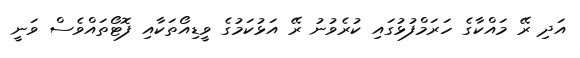
އަދި ރޭ މައްކާގެ ހަރަމްފުޅުގައި ކުރެވުނު ރޭ އަޅުކަމުގެ ވީޑިއޯތަކާއި ފޮޓޯތައްވެސް ވަނީ